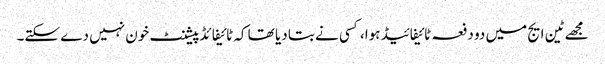
مجھے ٹین ایج میں دو دفعہ ٹائیفائیڈ ہوا، کسی نے بتا دیا تھا کہ ٹائیفائڈ پیشنٹ خون نہیں دے سکتے۔